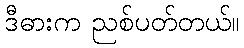
ဒီဓားက ညစ်ပတ်တယ်။